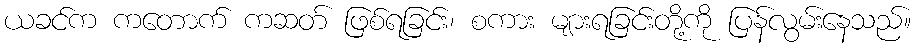
ယခင်က ကတောက် ကဆတ် ဖြစ်ရခြင်း၊ စကား များရခြင်းတို့ကို ပြန်လွမ်းနေသည်။